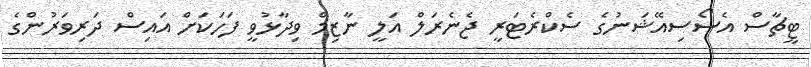
ޓީޗާސް އެސޯސިއޭޝަނުގެ ސެކްރެޓަރީ ޖެނެރަލް އަލީ ނާޒިމް ވިދާޅުވީ ފަހަކަށް އައިސް ދަރިވަރުންގެ